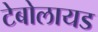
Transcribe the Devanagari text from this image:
टेबोलायड